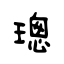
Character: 璁